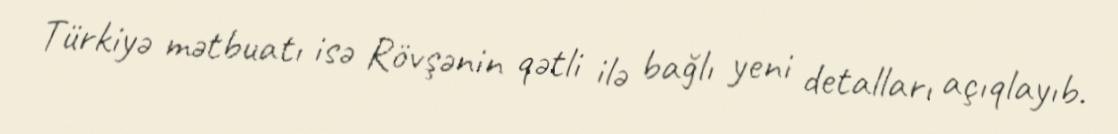
Türkiyə mətbuatı isə Rövşənin qətli ilə bağlı yeni detalları açıqlayıb.